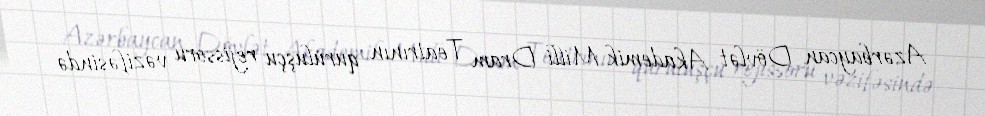
Azərbaycan Dövlət Akademik Milli Dram Teatrının quruluşçu rejissoru vəzifəsində